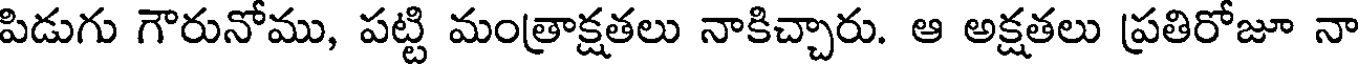
పిడుగు గౌరునోము, పట్టి మంత్రాక్షతలు నాకిచ్చారు. ఆ అక్షతలు ప్రతిరోజూ నా